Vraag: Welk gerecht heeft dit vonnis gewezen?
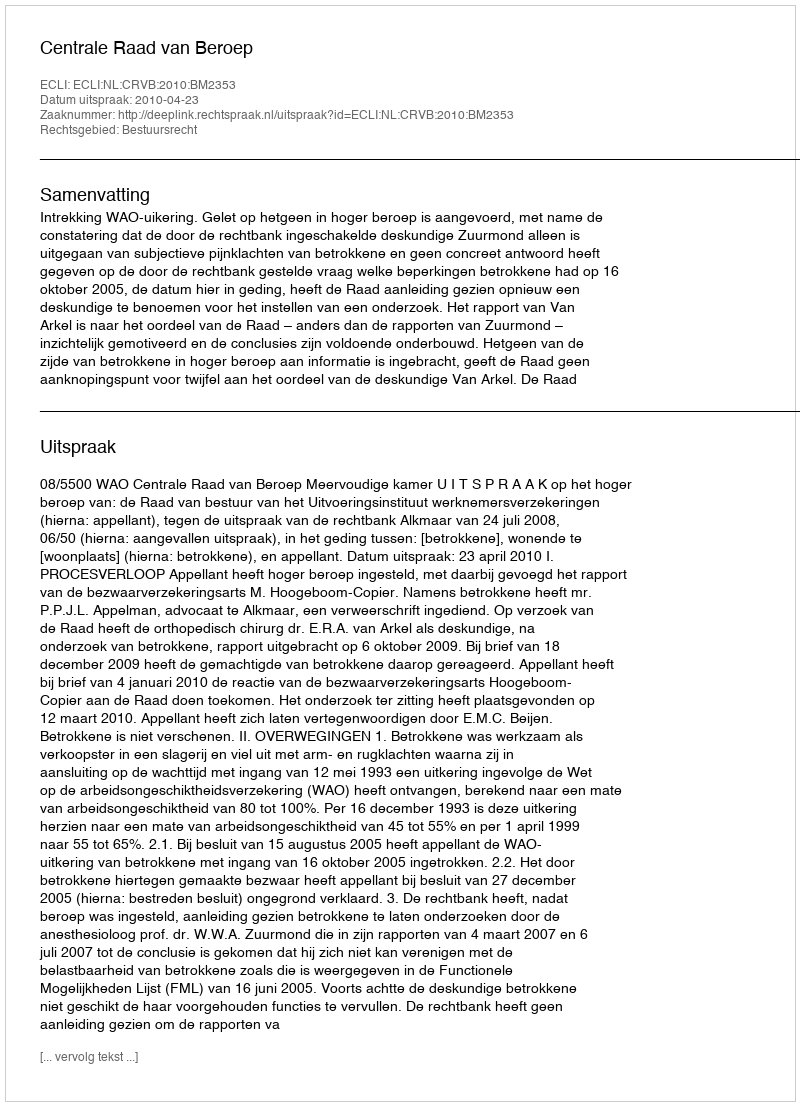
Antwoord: Centrale Raad van Beroep